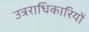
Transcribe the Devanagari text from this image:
उत्रराधिकारियों